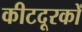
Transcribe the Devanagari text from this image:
कीटदूरकों